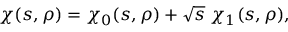
\chi ( s , \rho ) = \chi _ { 0 } ( s , \rho ) + \sqrt { s } \; \chi _ { 1 } ( s , \rho ) ,